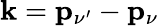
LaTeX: \mathbf{k}={\mathbf{p}}_{\nu^{\prime}}-{\mathbf{p}_{\nu}}